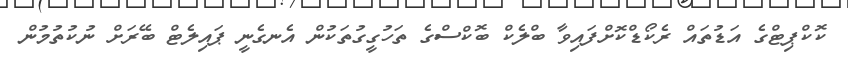
ކޮކްޕިޓްގެ އަޑުތައް ރެކޯޑްކޮށްފައިވާ ބްލެކް ބޮކްސްގެ ތަހުގީގުތަކުން އެނގެނީ ޕައިލެޓް ބޭރަށް ނުކުތުމުން